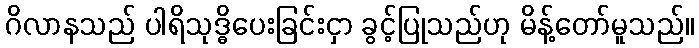
ဂိလာနသည် ပါရိသုဒ္ဓိပေးခြင်းငှာ ခွင့်ပြုသည်ဟု မိန့်တော်မူသည်။